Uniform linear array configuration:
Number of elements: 64
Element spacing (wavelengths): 0.75
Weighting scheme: uniform
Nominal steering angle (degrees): -60
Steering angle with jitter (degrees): -58.627
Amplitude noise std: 0.05
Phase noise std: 0.05

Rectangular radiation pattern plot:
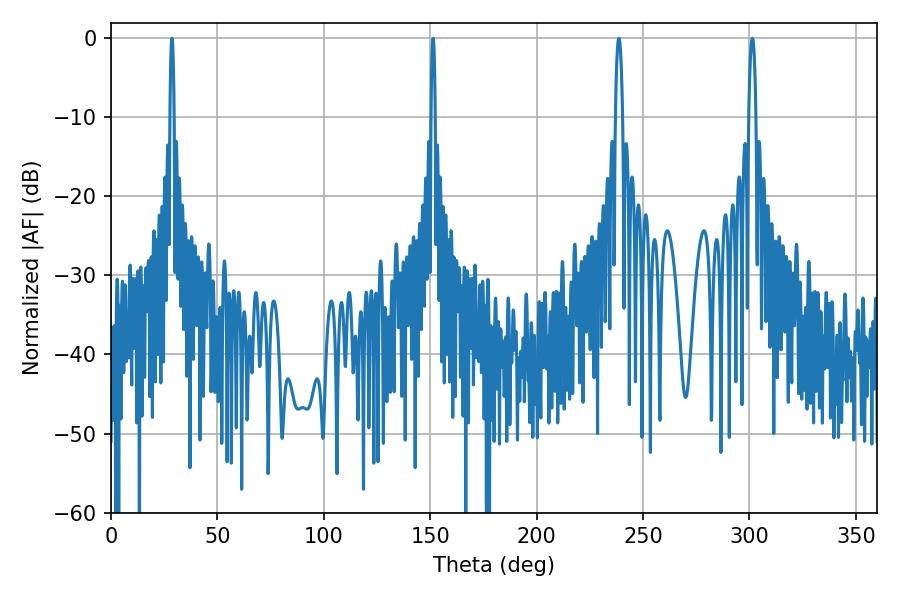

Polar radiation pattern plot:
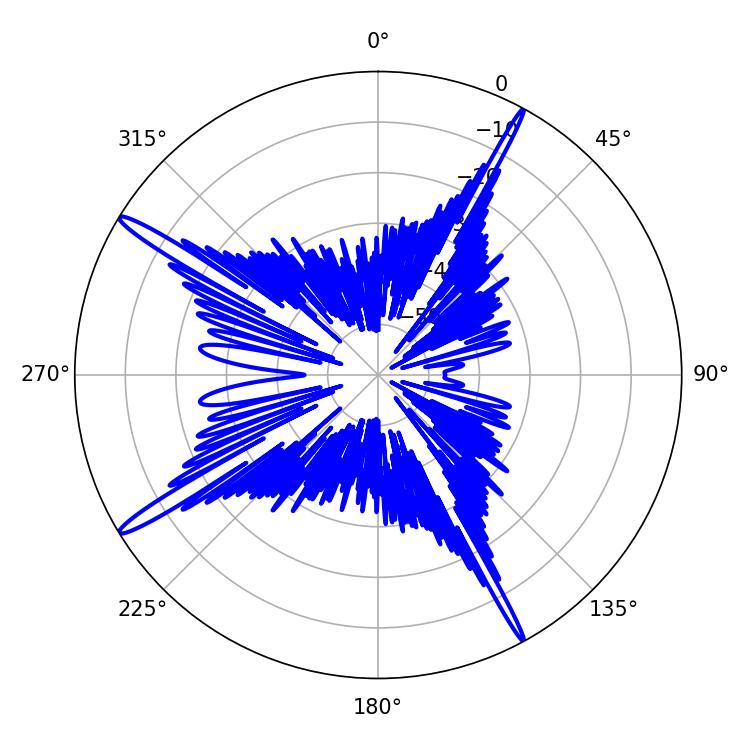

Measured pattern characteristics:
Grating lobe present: TRUE
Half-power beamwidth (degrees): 1.8
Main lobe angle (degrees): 301.32